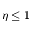
\eta \leq 1